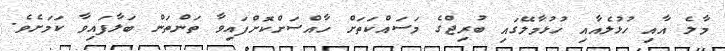
މާލެ އާއި ހުޅުލެއާއި ހުޅުމާލޭގައި ބުރިޖްގެ މަސައްކަތަށް ހާއްސަށްކޮށްފައިވާ ތަންތަން ބަލާފައިވާ ކަމަށެވެ.